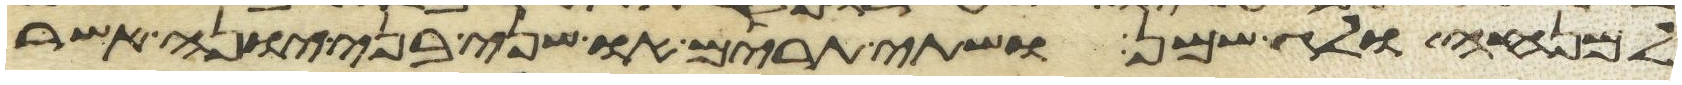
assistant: למנחה ולג שמן ושתי תרים או שני בני יונה אשר